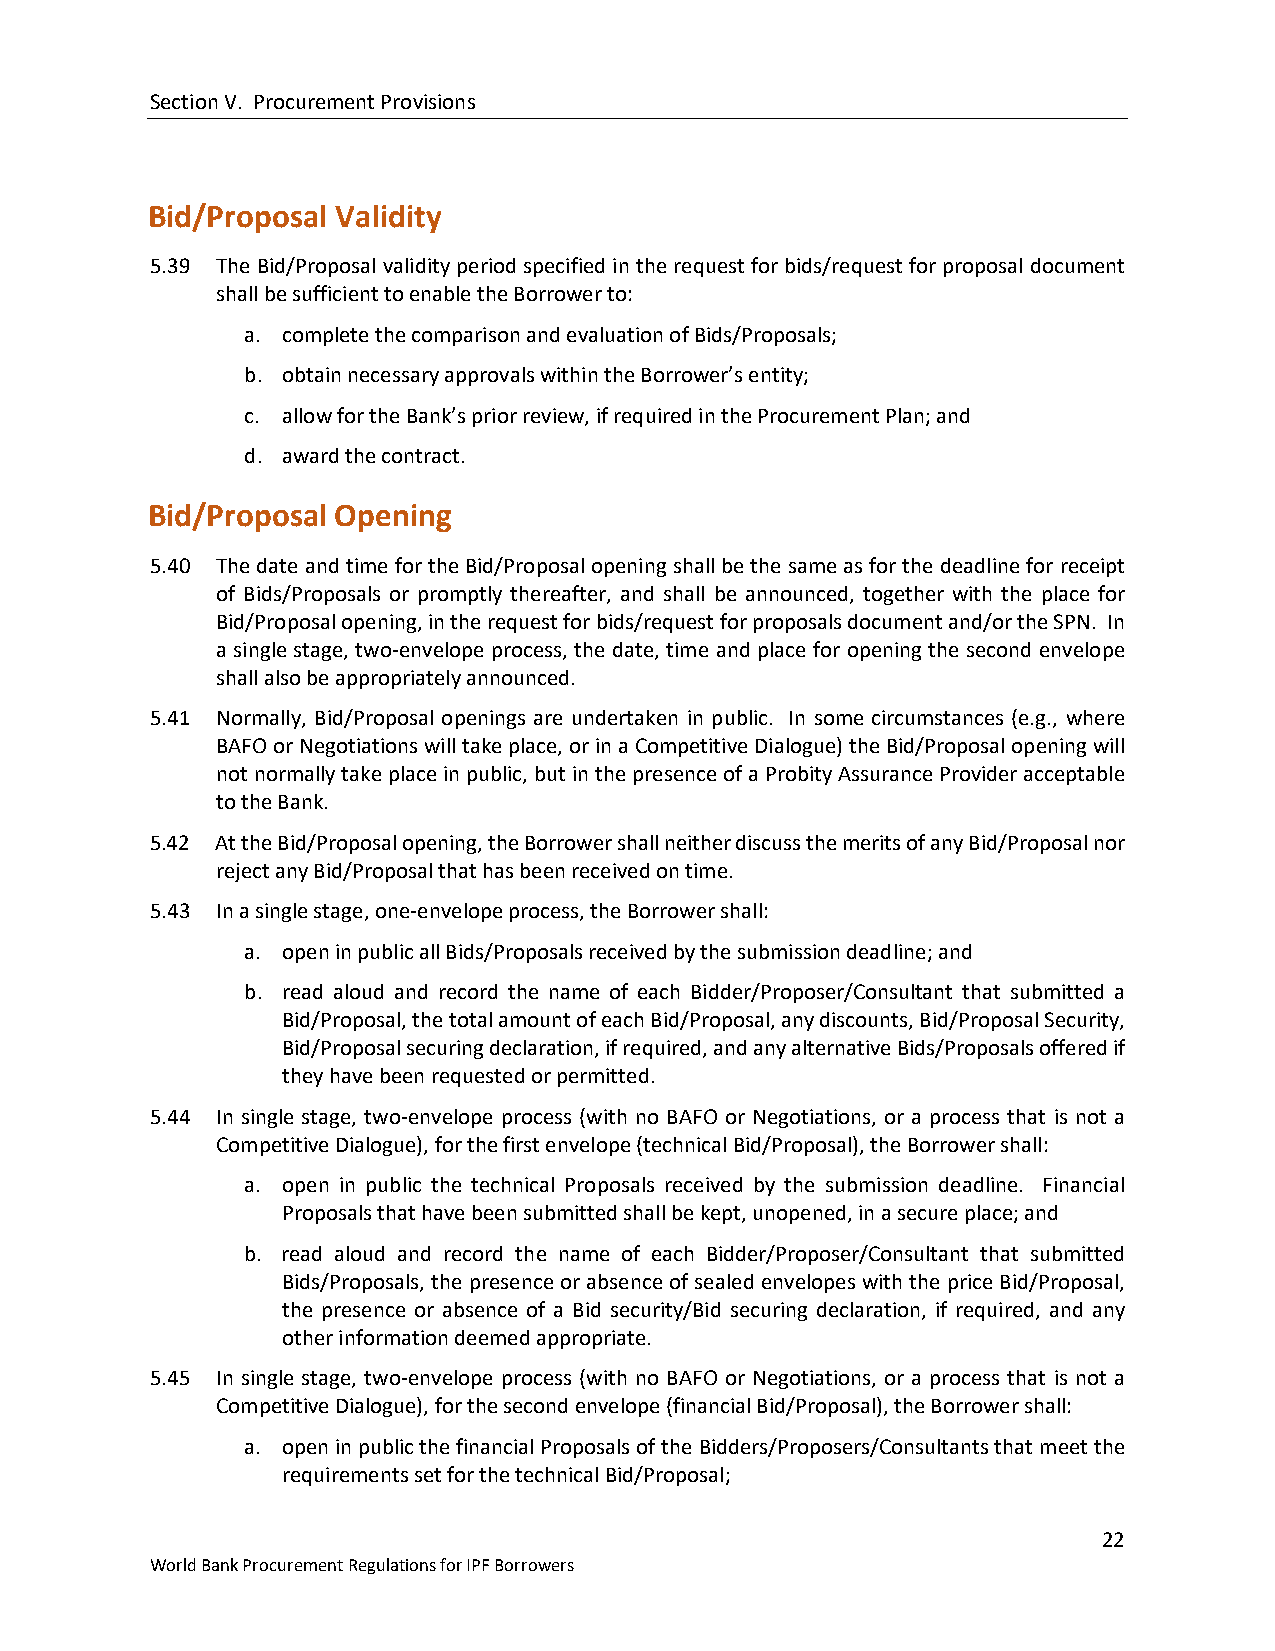
Section V. Procurement Provisions
 Bid/Proposal Validity
 5.39 The Bid/Proposal validity period specified in the request for bids/request for proposal document
 shall be sufficient to enable the Borrower to:
 a. complete the comparison and evaluation of Bids/Proposals;
 b. obtain necessary approvals within the Borrower’s entity;
 c. allow for the Bank’s prior review, if required in the Procurement Plan; and
 d. award the contract.
 Bid/Proposal Opening
 5.40 The date and time for the Bid/Proposal opening shall be the same as for the deadline for receipt
 of Bids/Proposals or promptly thereafter, and shall be announced, together with the place for
 Bid/Proposal opening, in the request for bids/request for proposals document and/or the SPN. In
 a single stage, two-envelope process, the date, time and place for opening the second envelope
 shall also be appropriately announced.
 5.41 Normally, Bid/Proposal openings are undertaken in public. In some circumstances (e.g., where
 BAFO or Negotiations will take place, or in a Competitive Dialogue) the Bid/Proposal opening will
 not normally take place in public, but in the presence of a Probity Assurance Provider acceptable
 to the Bank.
 5.42 At the Bid/Proposal opening, the Borrower shall neither discuss the merits of any Bid/Proposal nor
 reject any Bid/Proposal that has been received on time.
 5.43 In a single stage, one-envelope process, the Borrower shall:
 a. open in public all Bids/Proposals received by the submission deadline; and
 b. read aloud and record the name of each Bidder/Proposer/Consultant that submitted a
 Bid/Proposal, the total amount of each Bid/Proposal, any discounts, Bid/Proposal Security,
 Bid/Proposal securing declaration, if required, and any alternative Bids/Proposals offered if
 they have been requested or permitted.
 5.44 In single stage, two-envelope process (with no BAFO or Negotiations, or a process that is not a
 Competitive Dialogue), for the first envelope (technical Bid/Proposal), the Borrower shall:
 a. open in public the technical Proposals received by the submission deadline. Financial
 Proposals that have been submitted shall be kept, unopened, in a secure place; and
 b. read aloud and record the name of each Bidder/Proposer/Consultant that submitted
 Bids/Proposals, the presence or absence of sealed envelopes with the price Bid/Proposal,
 the presence or absence of a Bid security/Bid securing declaration, if required, and any
 other information deemed appropriate.
 5.45 In single stage, two-envelope process (with no BAFO or Negotiations, or a process that is not a
 Competitive Dialogue), for the second envelope (financial Bid/Proposal), the Borrower shall:
 a. open in public the financial Proposals of the Bidders/Proposers/Consultants that meet the
 requirements set for the technical Bid/Proposal;
 22
 World Bank Procurement Regulations for IPF Borrowers